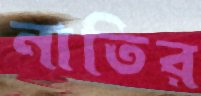
নাতির